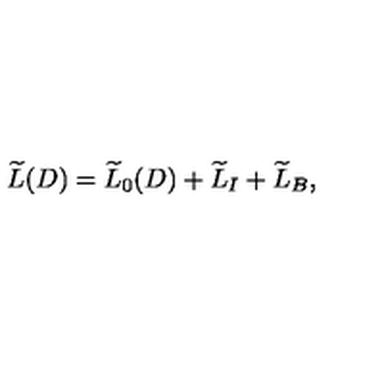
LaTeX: \widetilde { L } ( D ) = \widetilde { L } _ { 0 } ( D ) + \widetilde { L } _ { I } + \widetilde { L } _ { B } ,